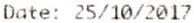
DATE: 25/10/2017